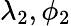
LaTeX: \lambda_{2},\phi_{2}